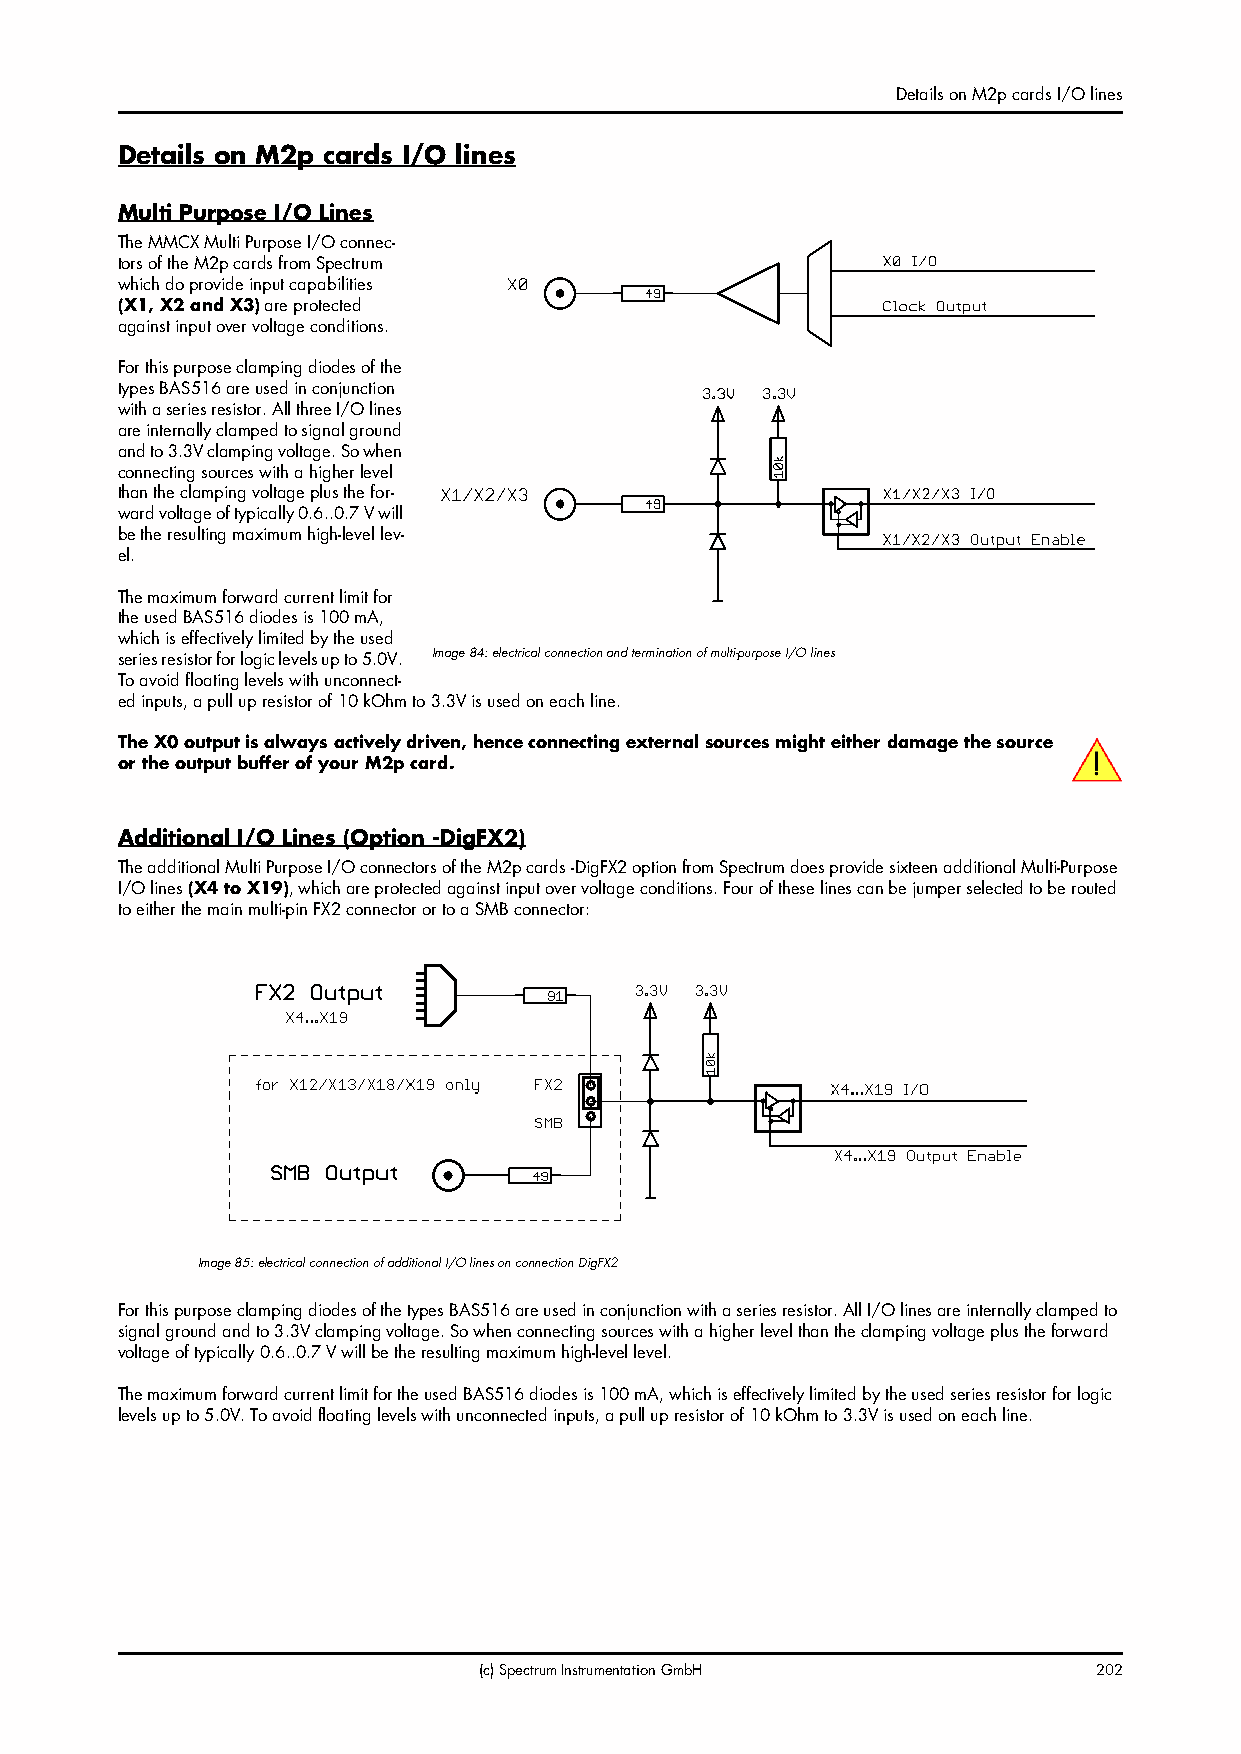
Details on M2p cards I/O lines
 Details on M2p cards I/O lines
 Multi Purpose I/O Lines
 The MMCX Multi Purpose I/O connec-
 tors of the M2p cards from Spectrum
 which do provide input capabilities
 (X1, X2 and X3) are protected
 against input over voltage conditions.
 For this purpose clamping diodes of the
 types BAS516 are used in conjunction
 with a series resistor. All three I/O lines
 are internally clamped to signal ground
 and to 3.3V clamping voltage. So when
 connecting sources with a higher level
 than the clamping voltage plus the for-
 ward voltage of typically 0.6..0.7 V will
 be the resulting maximum high-level lev-
 el.
 The maximum forward current limit for
 the used BAS516 diodes is 100 mA,
 which is effectively limited by the used
 series resistor for logic levels up to 5.0V. Image 84: electrical connection and termination of multi-purpose I/O lines
 To avoid floating levels with unconnect-
 ed inputs, a pull up resistor of 10 kOhm to 3.3V is used on each line.
 The X0 output is always actively driven, hence connecting external sources might either damage the source
 or the output buffer of your M2p card.
 Additional I/O Lines (Option -DigFX2)
 The additional Multi Purpose I/O connectors of the M2p cards -DigFX2 option from Spectrum does provide sixteen additional Multi-Purpose
 I/O lines (X4 to X19), which are protected against input over voltage conditions. Four of these lines can be jumper selected to be routed
 to either the main multi-pin FX2 connector or to a SMB connector:
 Image 85: electrical connection of additional I/O lines on connection DigFX2
 For this purpose clamping diodes of the types BAS516 are used in conjunction with a series resistor. All I/O lines are internally clamped to
 signal ground and to 3.3V clamping voltage. So when connecting sources with a higher level than the clamping voltage plus the forward
 voltage of typically 0.6..0.7 V will be the resulting maximum high-level level.
 The maximum forward current limit for the used BAS516 diodes is 100 mA, which is effectively limited by the used series resistor for logic
 levels up to 5.0V. To avoid floating levels with unconnected inputs, a pull up resistor of 10 kOhm to 3.3V is used on each line.
 (c) Spectrum Instrumentation GmbH       202